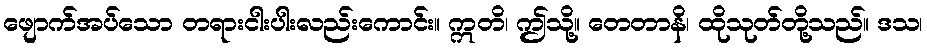
ဖျောက်အပ်သော တရားငါးပါးလည်းကောင်း။ ဣတိ၊ ဤသို့။ တေတာနိ၊ ထိုသုတ်တို့သည်။ ဒသ၊